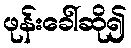
ဖုန်းခေါ်ဆို၍